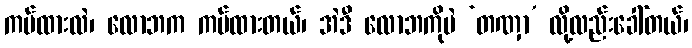
ကပ်ထားလဲ၊ လောဘက ကပ်ထားတယ်၊ အဲဒီ လောဘကိုပဲ ‘တဏှာ’ လို့လည်းခေါ်တယ်၊